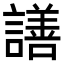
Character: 𧬆